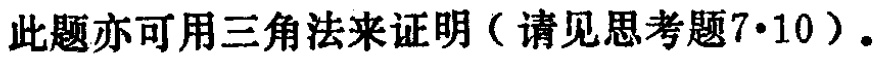
此题亦可用三角法来证明（请见思考题7·10）。